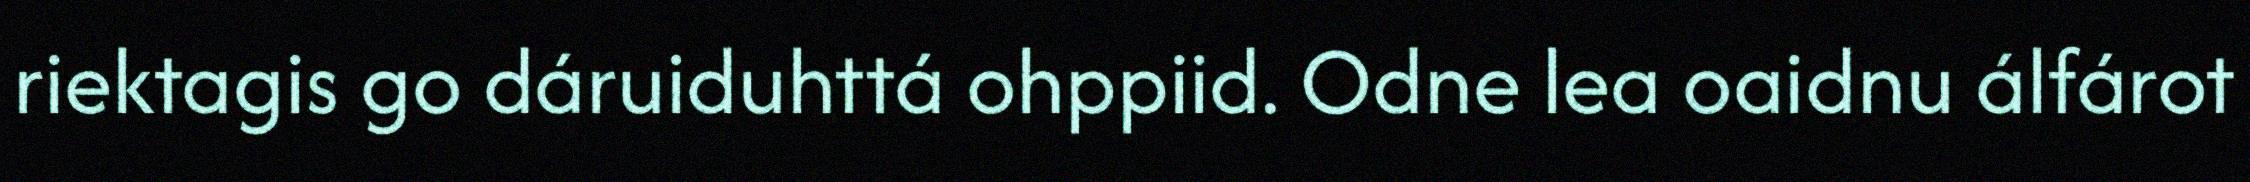
riektagis go dáruiduhttá ohppiid. Odne lea oaidnu álfárot